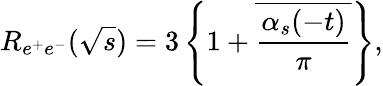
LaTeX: R_{e^{+}e^{-}}(\sqrt s)=3\left\{ 1+\overline{{{{\frac{\alpha_{s}(-t)}{\pi}}}}}\right\} ,